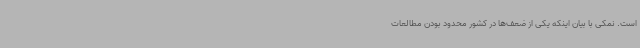
است. نمکی با بیان اینکه یکی از ضعف‌ها در کشور محدود بودن مطالعات